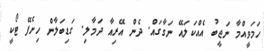
ހަމަވީއްމާ ނަޖީބު އެއްކަލައޭ ނަގާގައް. ދެން އޭރިއާ ދަމާލި. ގަޑިބަލާން ހިށެފޭ ޓޯކީ